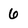
Character: 6